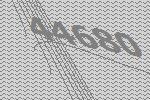
44680